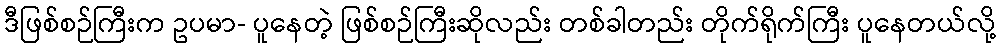
ဒီဖြစ်စဉ်ကြီးက ဥပမာ- ပူနေတဲ့ ဖြစ်စဉ်ကြီးဆိုလည်း တစ်ခါတည်း တိုက်ရိုက်ကြီး ပူနေတယ်လို့